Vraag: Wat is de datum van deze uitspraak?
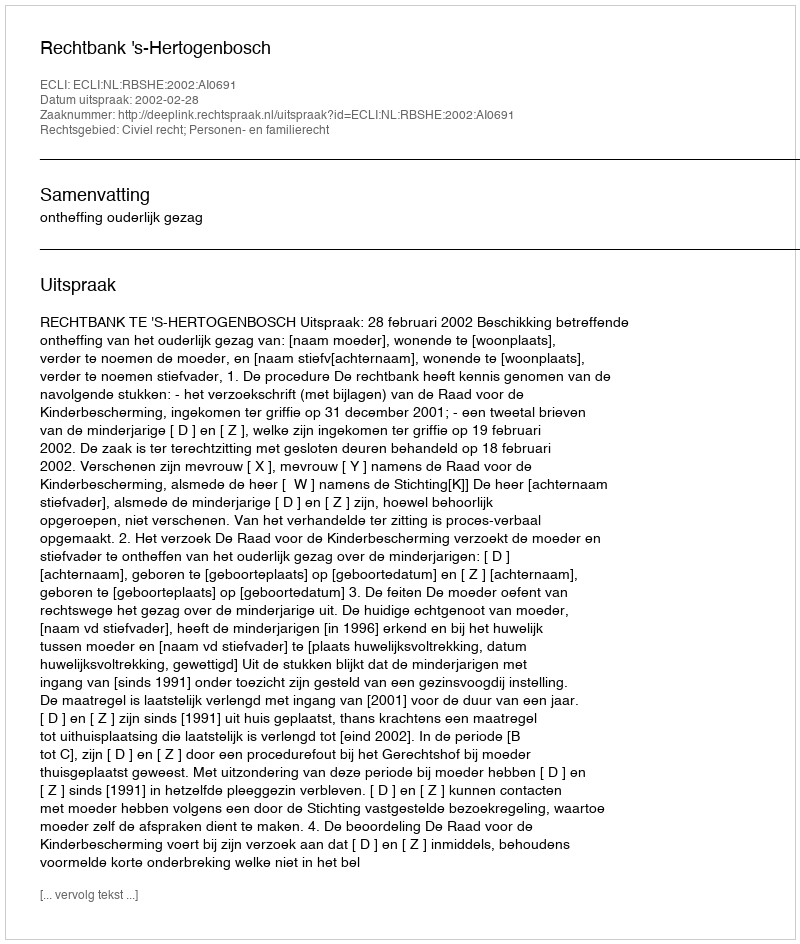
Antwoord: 2002-02-28